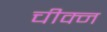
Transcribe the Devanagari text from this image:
चीक्न